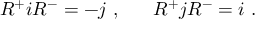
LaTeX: R ^ { + } i R ^ { - } = - j ~ , ~ ~ ~ ~ ~ R ^ { + } j R ^ { - } = i ~ .